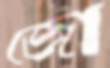
জো